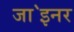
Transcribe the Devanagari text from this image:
जा॓इनर